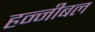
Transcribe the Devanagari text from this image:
हन्नीबल